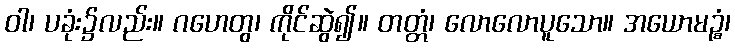
ဝါ၊ ပခုံး၌လည်း။ ဂဟေတွ၊ ကိုင်ဆွဲ၍။ တတ္တံ၊ လောလောပူသော။ အယောမဉ္စံ၊